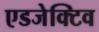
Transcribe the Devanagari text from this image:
एडजेक्टिव